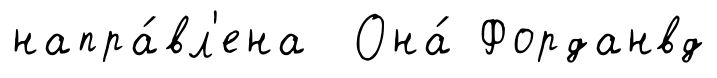
напра́вл'ена Она́ Форданвд